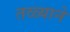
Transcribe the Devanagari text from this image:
तळ्याने